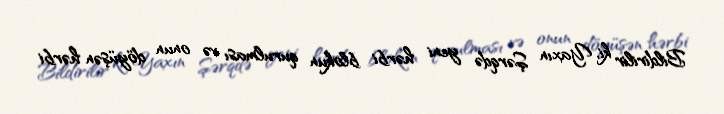
Bildirilir ki, Yaxın Şərqdə yeni hərbi blokun qurulması və onun döyüşən hərbi